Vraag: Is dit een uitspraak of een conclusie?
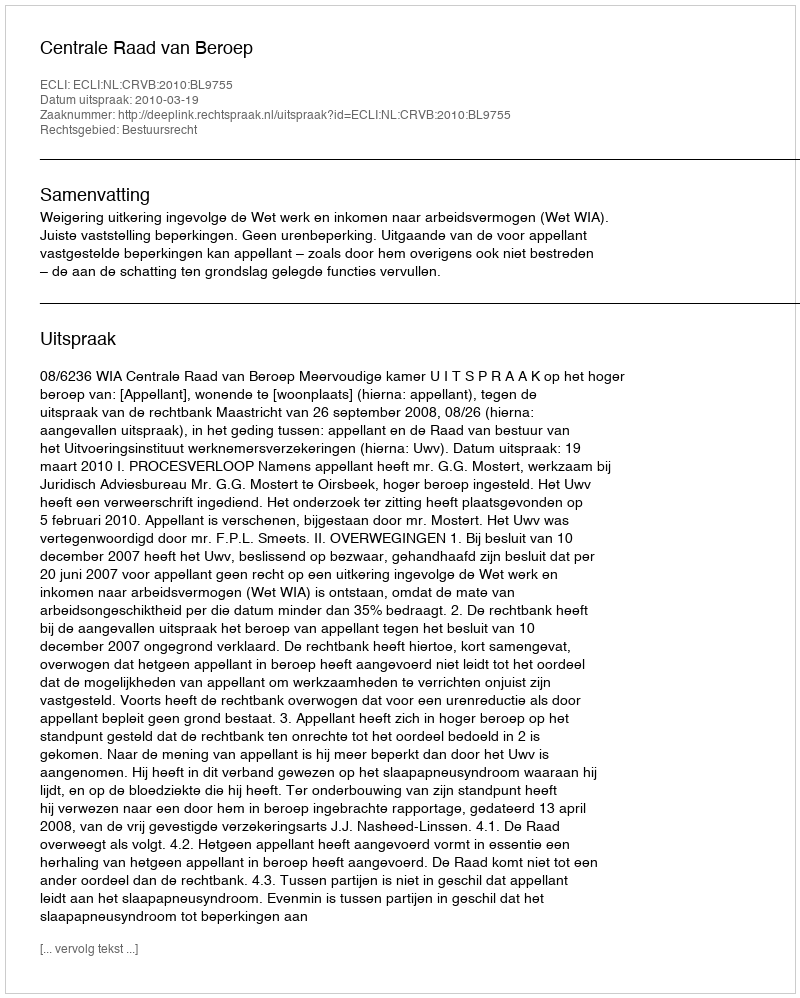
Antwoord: Uitspraak